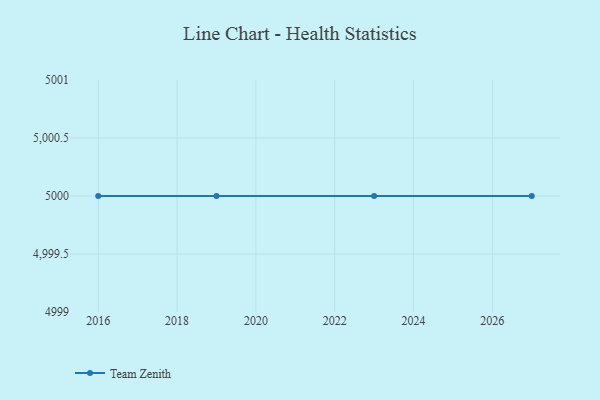
{"axis": {"x": "Year", "y": "Satisfaction Score"}, "legend": ["Team Zenith"], "data": [{"x": "2016", "y": 5000, "type": "Team Zenith"}, {"x": "2023", "y": 5000, "type": "Team Zenith"}, {"x": "2019", "y": 5000, "type": "Team Zenith"}, {"x": "2027", "y": 5000, "type": "Team Zenith"}]}